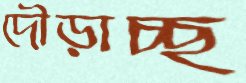
দৌড়াচ্ছ